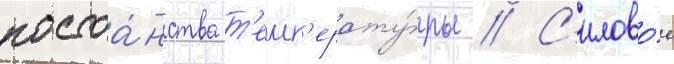
постоа́нства т'емп'ерату́ры // С'илово́е